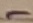
Text: -